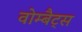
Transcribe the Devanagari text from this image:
वोम्बैट्स